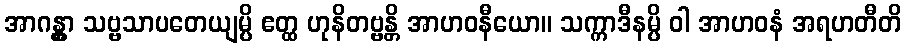
အာဂန္တွာ သဗ္ဗသာပတေယျမ္ပိ ဧတ္ထ ဟုနိတဗ္ဗန္တိ အာဟဝနီယော။ သက္ကာဒီနမ္ပိ ဝါ အာဟဝနံ အရဟတီတိ